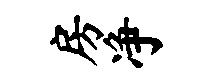
房净